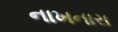
નાખનારા